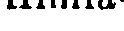
Himla-